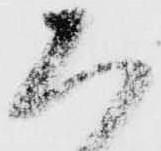
ち